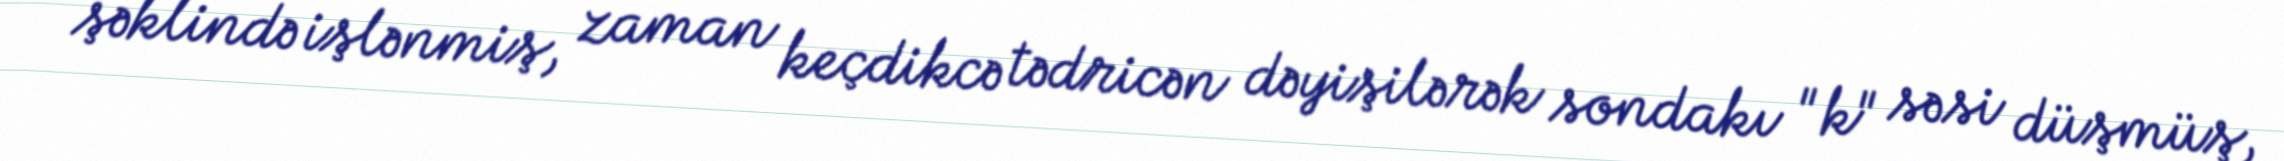
şəklində işlənmiş, zaman keçdikcə tədricən dəyişilərək sondakı "k" səsi düşmüş,